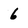
Character: 6